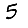
Digit: 5